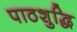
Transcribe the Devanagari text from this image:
पाठशुद्धि